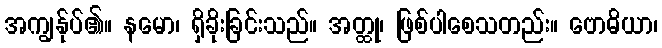
အကျွန်ုပ်၏။ နမော၊ ရှိခိုးခြင်းသည်။ အတ္ထု၊ ဖြစ်ပါစေသတည်း။ ဗောဓိယာ၊